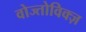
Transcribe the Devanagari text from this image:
वोज्तोविक्ज़